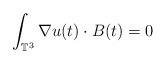
LaTeX: \begin{align*}\int_{\mathbb{T}^3} \nabla u(t)\cdot B(t)=0\end{align*}